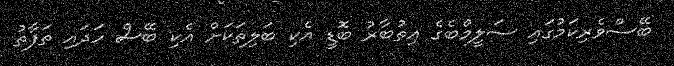
ބޭސްވެރިކަމުގައި ސަލީމްބެގެ އިތުބާރު ބޮޑީ އެކި ބަލިތަކަށް އެކި ބޭސް ހަދައި ތަފާތު